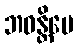
ဘဝန္တိပေ